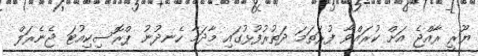
ޔޫރީ ރާއްޖެ އަށް ކުރައްވާ ފުރަތަމަ ދަތުރުފުޅުގައި މާދަމާ ހެނދުނު ޕްރޮސިކިއުޓަ ޖެނެރަލް